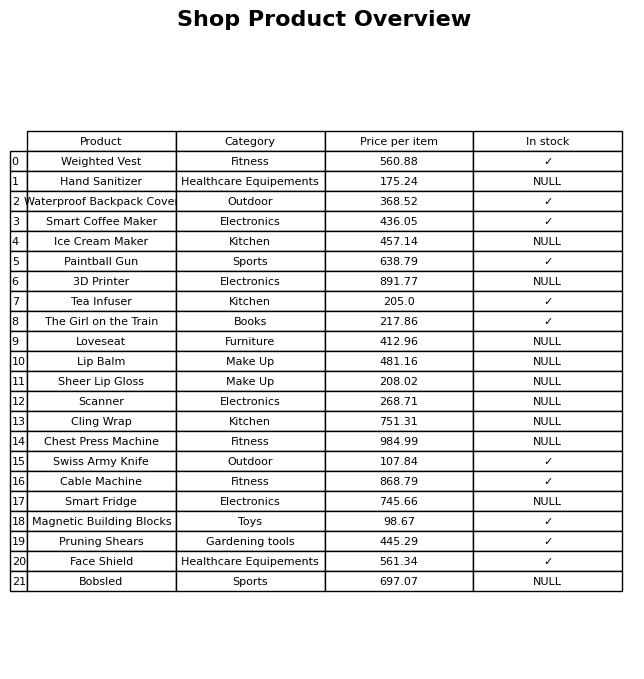
question: What is the price of the Waterproof Backpack Cover?
answer: The price of Waterproof Backpack Cover is 368.52.